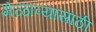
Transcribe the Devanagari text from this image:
मेळाव्यासाठी